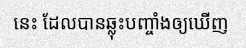
នេះ ដែលបានឆ្លុះបញ្ចាំងឲ្យឃើញ